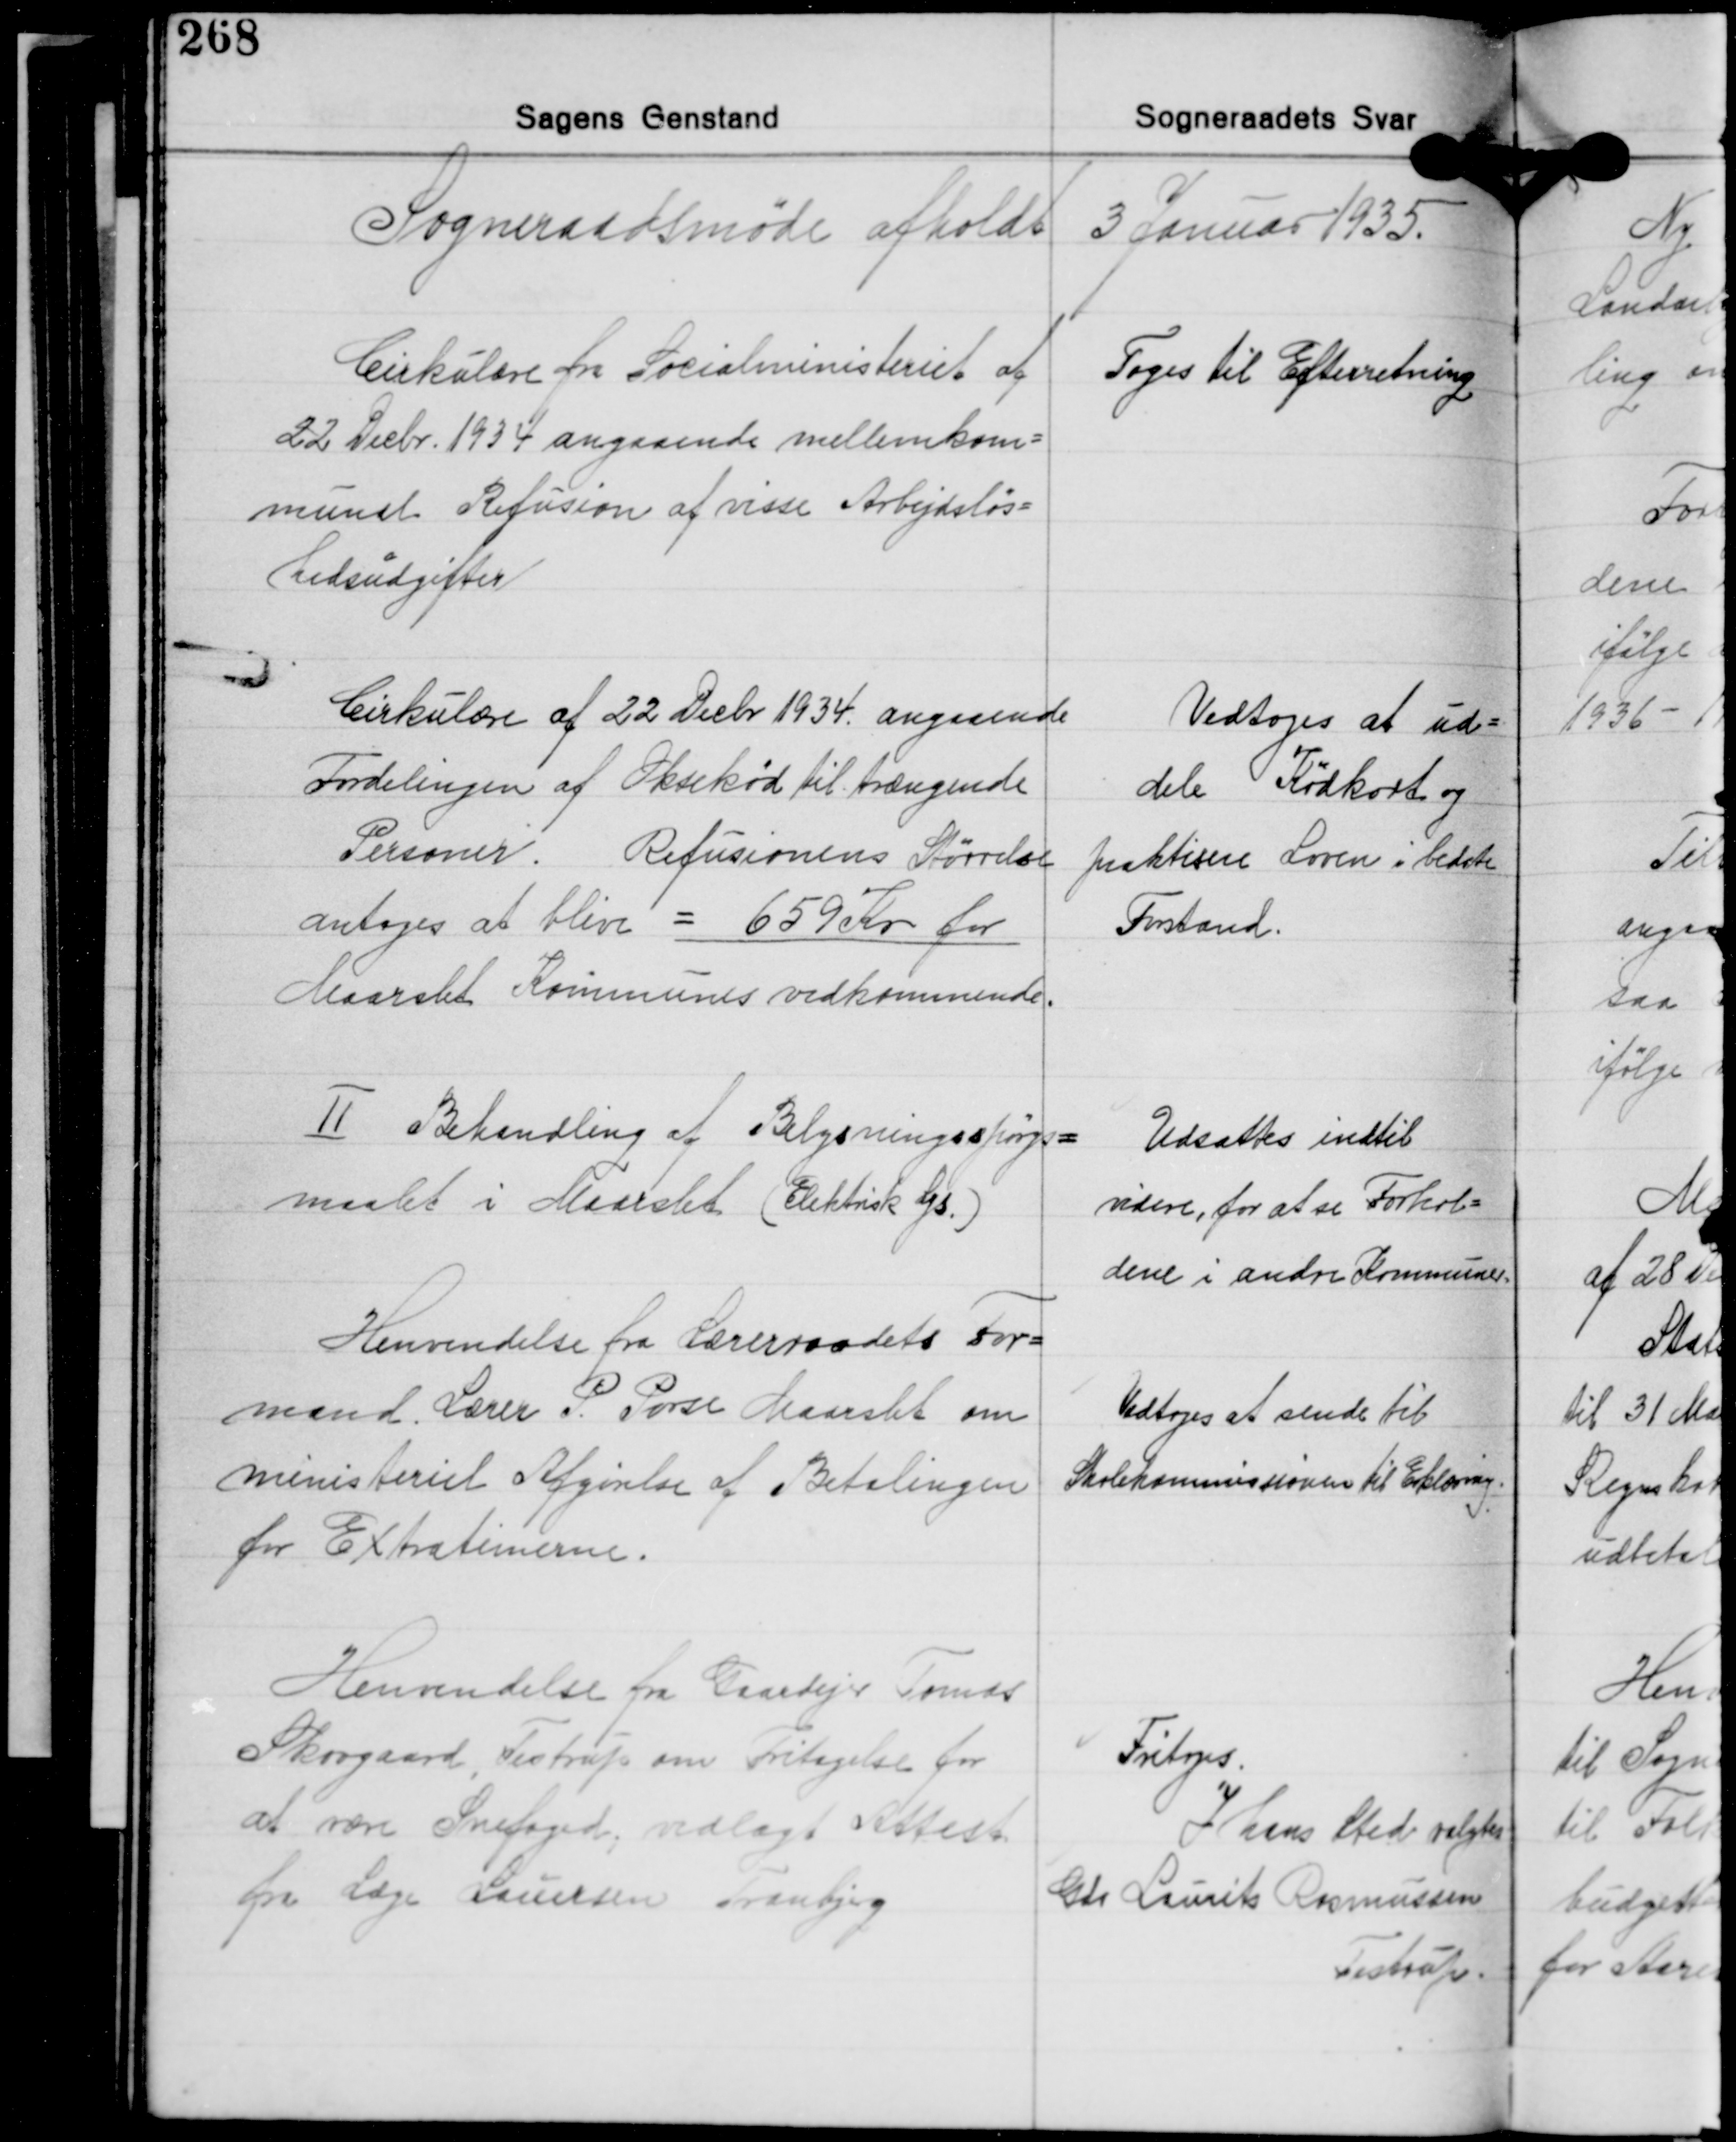
Transskription:
Sogneraadsmøde afholdt 3 Januar 1935.

Cirkulære fra Socialministeriet af
22 Decbr. 1934 angaaende mellemkom-
munal Refusion af visse Arbejdsløs-
hedsudgifter

Toges til Efterretning

Cirkulære af 22 Decbr. 1934 angaaende
Fordelingen af Oksekød til trængende
Personer. Refusionens Størrelse
antoges at blive = 659 Kr. for
Maarslet Kommunes vedkommende.

Vedtoges at ud-
dele Kødkort og
praktisere Loven i bedste
Forstand.

Ⅱ Behandling af Belysningsspørgs-
maalet i Maarslet (Elektrisk Lys).

Udsattes indtil
videre, for at se Forhol-
dene i andre Kommuner.

Henvendelse fra Lærerraadets For-
mand. Lærer P. Porse Maarslet om
ministeriel Afgørelse af Betalingen
for Extratimerne.

Vedtoges at sende til
Skolekommissionen til Erklæring.

Henvendelse fra Gaardejer Tomas
Skovgaard, Testrup om Fritagelse for
at være Snefoged, vedlagt Attest
fra Læge Laursen Tranbjerg

Fritoges
I hans Sted valgtes
Gdr. Laurits Rasmussen
Testrup